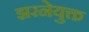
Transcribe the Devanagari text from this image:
झरनेयुक्त